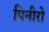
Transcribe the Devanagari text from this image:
पिनीरो